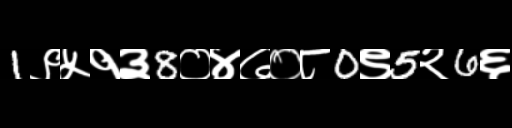
Text: 1९५१३8०४७०८0९5२6६